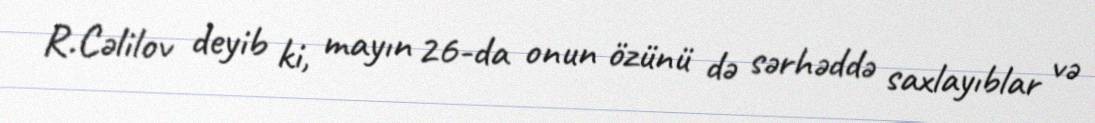
R.Cəlilov deyib ki, mayın 26-da onun özünü də sərhəddə saxlayıblar və